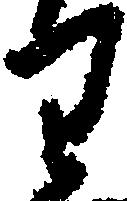
り